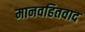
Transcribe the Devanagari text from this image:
मानवहितवाद